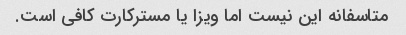
متاسفانه این نیست اما ویزا یا مسترکارت کافی است.